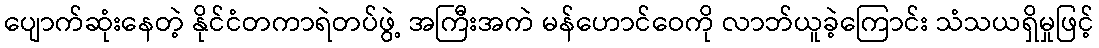
ပျောက်ဆုံးနေတဲ့ နိုင်ငံတကာရဲတပ်ဖွဲ့ အကြီးအကဲ မန်ဟောင်ဝေကို လာဘ်ယူခဲ့ကြောင်း သံသယရှိမှုဖြင့်